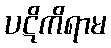
ပဋိကိရာမ